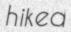
hiked